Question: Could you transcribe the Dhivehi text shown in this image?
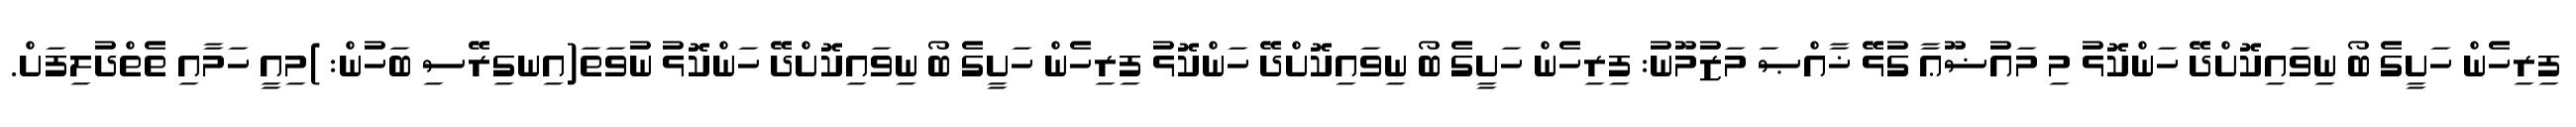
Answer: ފިރިހެން ހަށީގެ ބޯ ނިވައިކޮށްދޭ ހަންކޮޅު މި މައުޟޫޢާ ގުޅޭ ޚާއްޞަ މަޒުމޫނު: ފިރިހެން ހަށީގެ ބޯ ނިވައިކޮށްދޭ ހަންކޮޅު ފިރިހެން ހަށީގެ ބޯ ނިވައިކޮށްދޭ ހަންކޮޅު ނުވަތަ(އިނގިރޭސި ބަހުން: )މިއީ ހަމާއި ތެތްދުލިފަށް.